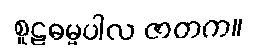
စူဠဓမ္မပါလ ဇာတက။